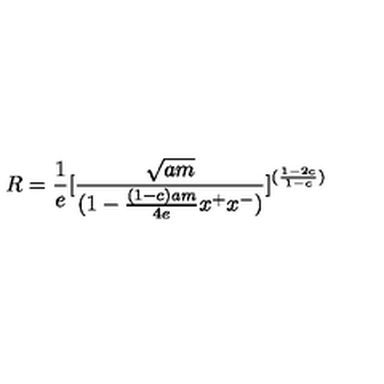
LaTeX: R = { \frac { 1 } { e } } [ { \frac { \sqrt { a m } } { ( 1 - { \frac { ( 1 - c ) a m } { 4 e } } x ^ { + } x ^ { - } ) } } ] ^ { ( { \frac { 1 - 2 c } { 1 - c } } ) }